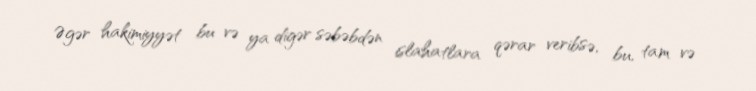
Əgər hakimiyyət bu və ya digər səbəbdən islahatlara qərar veribsə, bu, tam və